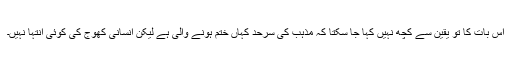
اس بات کا تو یقین سے کچھ نہیں کہا جا سکتا کہ مذہب کی سرحد کہاں ختم ہونے والی ہے لیکن انسانی کھوج کی کوئی انتہا نہیں۔